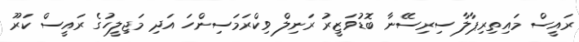
ރައީސް މައިތިރިޕާލާ ސިރިސޭނާ ބޮޑުވަޒީރު ރަނިލް ވިކްރަމަސިންހަ އަދި މަޖިލީހުގެ ރައީސް ކަރޫ